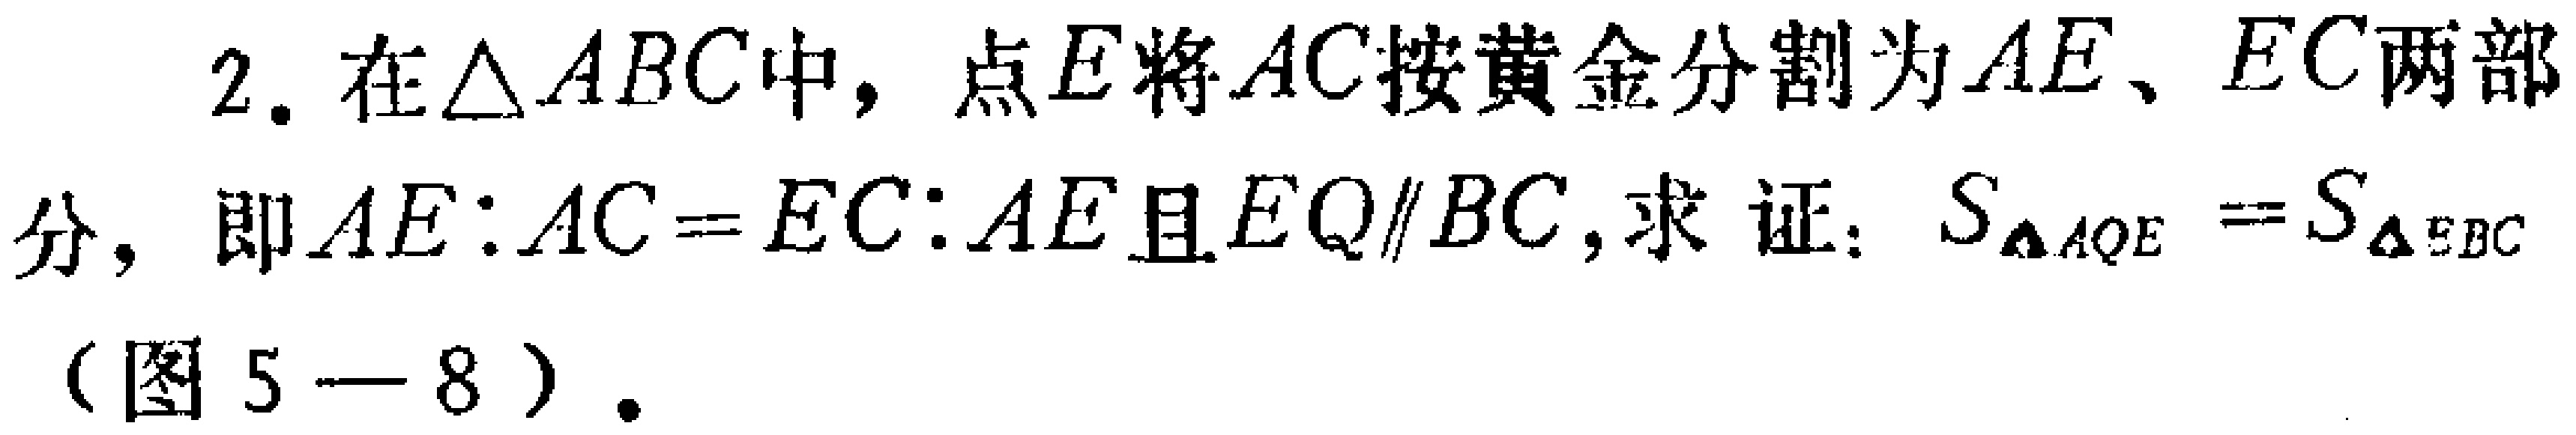
2. 在$\triangle ABC$中，点$E$将$AC$按黄金分割为$AE$、$EC$两部分，即$AE:AC = EC:AE$且$EQ\parallel BC$，求证：$S_{\triangle AQE}=S_{\triangle EBC}$（图5—8）.